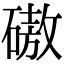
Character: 磝